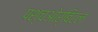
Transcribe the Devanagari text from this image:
पश्चओर्बिटल